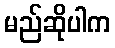
မည်ဆိုပါက